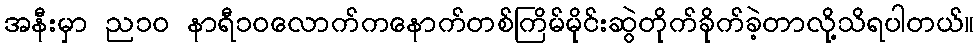
အနီးမှာ ည၁၀ နာရီ၁၀လောက်ကနောက်တစ်ကြိမ်မိုင်းဆွဲတိုက်ခိုက်ခဲ့တာလို့သိရပါတယ်။